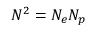
N ^ { 2 } = N _ { e } N _ { p }